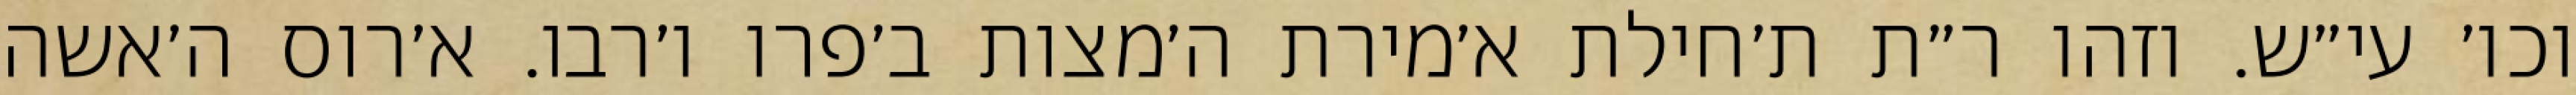
וכו׳ עי״ש. וזהו ר״ת ת׳חילת א׳מירת ה׳מצות ב׳פרו ו׳רבו. א׳רוס ה׳אשה